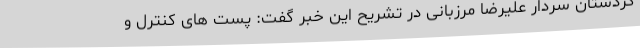
کردستان سردار علیرضا مرزبانی در تشریح این خبر گفت: پست های کنترل و